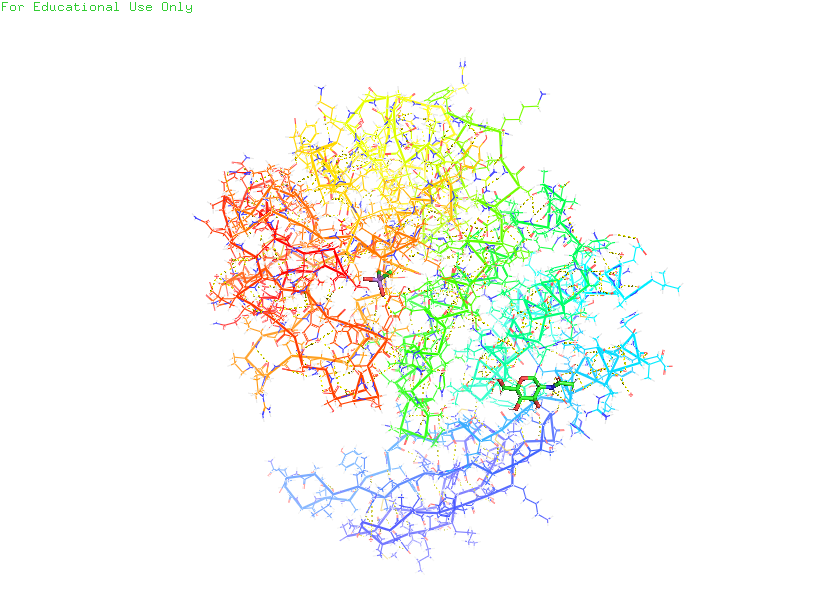
pymol, preset, technical